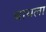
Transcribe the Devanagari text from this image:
बायला